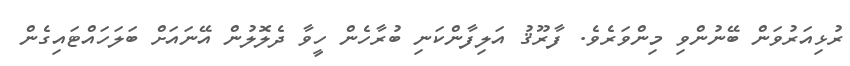
ރުޅިއަރުވަން ބޭނުންވި މިންވަރެވެ. ފާރޫޤު އަލިފާންކަނި ބުރާހެން ހީވާ ދެލޮލުން އޭނައަށް ބަލަހައްޓައިގެން